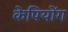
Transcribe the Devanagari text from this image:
केपियोंग